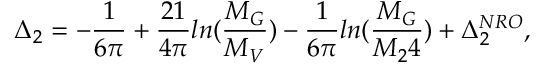
\Delta _ { 2 } = - \frac { 1 } { 6 \pi } + \frac { 2 1 } { 4 \pi } l n ( \frac { M _ { G } } { M _ { V } } ) - \frac { 1 } { 6 \pi } l n ( \frac { M _ { G } } { M _ { 2 } 4 } ) + \Delta _ { 2 } ^ { N R O } ,